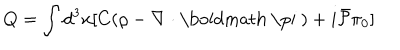
Q = \int d ^ { 3 } x [ C ( \rho - \nabla \cdot \mathrm { \boldmath ~ \ p i ~ } ) + i \bar { { \cal P } } \pi _ { 0 } ]